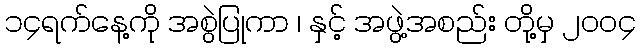
၁၄ရက်နေ့ကို အစွဲပြုကာ ၊ နှင့် အဖွဲ့အစည်း တို့မှ ၂၀၀၄